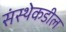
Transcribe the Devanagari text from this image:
संस्थेकडील